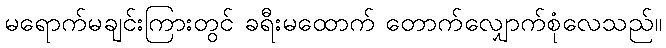
မရောက်မချင်းကြားတွင် ခရီးမထောက် တောက်လျှောက်စုံလေသည်။